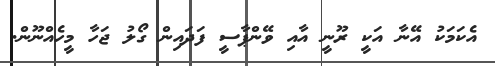
އެކަމަކު އޭނާ އަކީ ރޫނީ އާއި ވޭންޕާސީ ފަދައިން ގޯލު ޖަހާ މީހެއްނޫން.